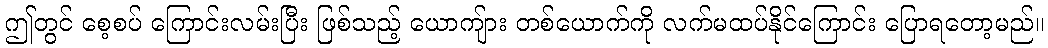
ဤတွင် စေ့စပ် ကြောင်းလမ်းပြီး ဖြစ်သည့် ယောကျ်ား တစ်ယောက်ကို လက်မထပ်နိုင်ကြောင်း ပြောရတော့မည်။